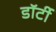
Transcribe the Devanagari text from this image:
डॉर्टी